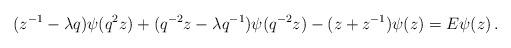
LaTeX: \begin{align*}(z^{-1}-\lambda q)\psi (q^2 z)+(q^{-2}z-\lambda q^{-1})\psi (q^{-2}z)-(z+z^{-1})\psi (z)=E\psi (z)\,.\end{align*}